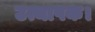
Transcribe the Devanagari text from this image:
उत्थापक।